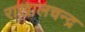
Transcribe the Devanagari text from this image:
राखालचन्द्र